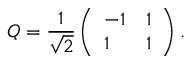
Q = { \frac { 1 } { \sqrt 2 } } \left( \begin{array} { l l } { { - 1 } } & { { 1 } } \\ { { 1 } } & { { 1 } } \end{array} \right) .